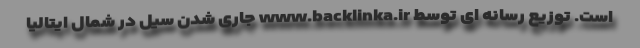
است. توزیع رسانه ای توسط www.backlinka.ir جاری شدن سیل در شمال ایتالیا